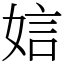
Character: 娮